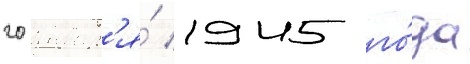
20 январ'я́ 1945 го́да